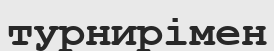
турнирімен